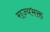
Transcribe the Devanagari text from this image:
राज्यभक्त